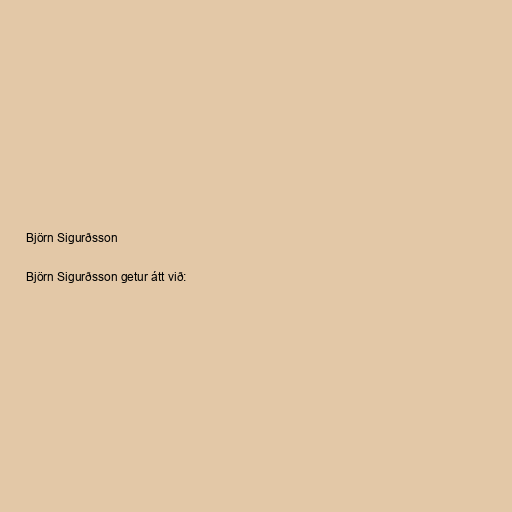
Björn Sigurðsson

Björn Sigurðsson getur átt við: